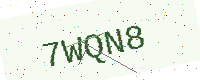
Text: 7WQN8